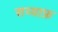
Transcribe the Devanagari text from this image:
सय्याफ़